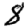
Digit: 8